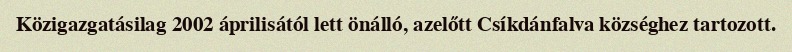
Közigazgatásilag 2002 áprilisától lett önálló, azelőtt Csíkdánfalva községhez tartozott.